Calcutta medical institutions reports 1871-78
Year: 1871
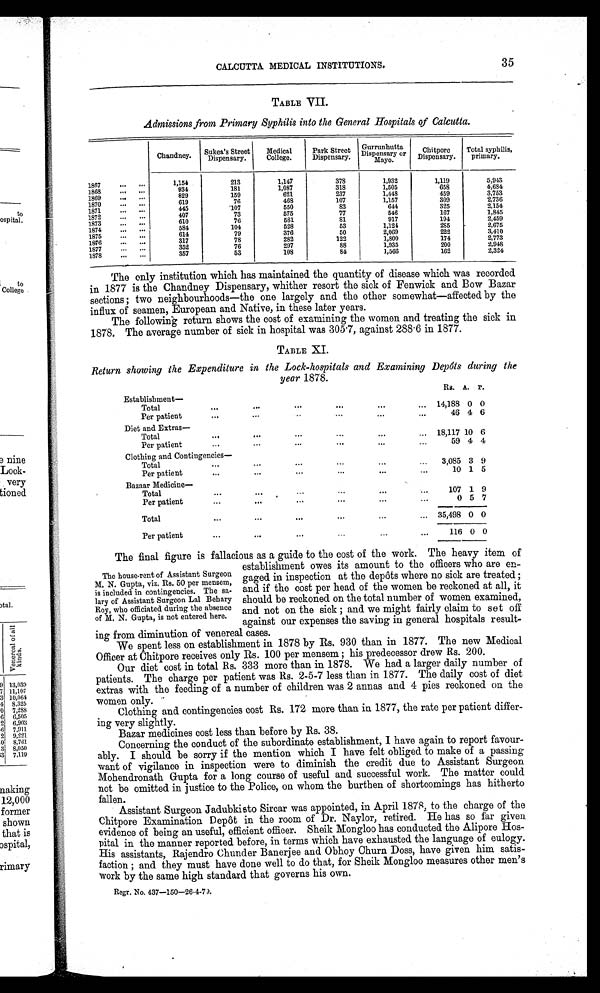
CALCUTTA MEDICAL INSTITUTIONS.
35
TABLE VII.
Admissions from Primary Syphilis into the General Hospitals of Calcutta.
Chandney Sukea's Street
Dispensary.
Medical
College.
Park Street
Dispensary.
Gurrunhut t a Di spensary or Mayo.
Chitpore
Dispensary.
Total syphilis
primary.
1857
1,154
213
1,147
378
1,932
1,119
5,943
1868
934
181
1,087
318
1,505
658
4,684
1869
829
159
621
237
1,448
459
3,753
1870
... ...
619
76
468
107
1,157
309
2,736
1871
... ...
445
107
550
83
644
325
2,154
1872
407
73
575
77
546
167
1,845
1873
610
76
581
81
917
194
2,459
1874
...
584
104
528
53
1,124
285
2,675
1875
614
79
376
50
2,069
222
3,410
1876
317
78
282
122
1,800
174
2,773
1877
352
76
297
88
1,935
200
2,948
1878
357
53
108
84
1,566
162
2,324
The only institution which has maintained the quantity of disease which was recorded
in 1877 is the Chandney Dispensary, whither resort the sick of Fenwick and Bow Bazar
sections ; two neighbourhoods—the one largely and the other somewhat—affected by the
influx of seamen, European and Native, in these later years.
The following return shows the cost of examining the women and treating the sick
1878. The average number of sick in hospital was 305.7, against 288.6 in 1877.
TABLE XI.
Return showing the Expenditure in the Lock-hospitals and Examining Depots during the
year
1878.
Establishment—
Rs. A. P.
Total
...
...
...
...
...
... 14,188 0 0
Per patient
...
... ... ...
...
...
...
46 4 6
Diet and Extras—
Total
...
...
...
...
...
... 18,117 10 6
Per patient
...
...
...
...
... ...
59 4 4
Clothing andContingencies
Total
...
...
...
...
..,
... 3,085 3 9
Per patient
...
... ...
...
... ...
10 1 5
Bazaar Medicine
Total
...
... ...
...
... ...
107 1 9
Per patient
... ...
...
... ...
...
0 5 7
Total
...
...
...
...
...
... 35,498 0 0
Per patient
...
...
...
...
...
...
116 0 0
The final figure is fallacious as a guide to the cost of the work. The heavy item of
establishment owes its amount to the officers who are en-
gaged in inspection at the depots where no sick are treated ;
and if the cost per head of the women be reckoned at all, it
should be reckoned on the total number of women examined,
and not on the sick ; and we might fairly claim to set off
against our expenses the saving in general hospitals result--
ing from diminution of venereal cases.
We spent less on establishment in 1878 by Rs. 930 than in 1877. The new Medical
Officer at Chitpore receives only Rs. 100 per mensem ; his predecessor drew Rs. 200.
Our diet cost in total Rs. 333 more than in 1878. We had a larger daily number of
patients. The charge per patient was Rs. 2-5-7 loss than in 1877. The daily cost of diet
extras with the feeding of a number of children was 2 annas and 4 pies reckoned on the
women only.
Clothing and contingencies cost Rs. 172 more than in 1877, the rate per patient differ--
ing very slightly.
Bazar medicines cost less than before by Rs. 38.
Concerning the conduct of the subordinate establishment, I have again to report favour-
ably. I should be sorry if the mention which I have felt obliged to make of a passing
want of vigilance in inspection were to diminish the credit due to Assistant Surgeon
Mohendronath Gupta for a long course of useful and successful work. The matter could
not be omitted in justice to the Police, on whom the burthen of shortcomings has hitherto
fallen.
Assistant Surgeon Jadubkisto Sircar was appointed, in April 1878, to the charge of the
Chitpore Examination Depot in the room of Dr. Naylor, retired. He has so far given
evidence of being an useful, efficient officer. Sheik Mongloo has conducted the Alipore Hos-
pital in the manner reported before, in terms which have exhausted the language of eulogy.
His assistants, Rajendro Chunder Banerjee and Obhoy Churn Doss, have given him satis-
faction ; and they must have done well to do that, for Sheik Mongloo measures other men's
work by the same high standard that governs his own.
Rear. No. 437-150-26-4-79.
The house-rent of Assistant Surgeon
M. N. Gupta, viz. Rs. 50 per mensem,
is included in contingencies. The sa-
-lary of Assistant Surgeon Lal Behary
Roy, who officiated during the absence
of M. N. Gupta, is not entered here.